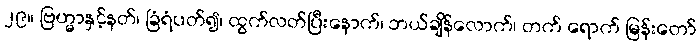
၂၉။ ဗြဟ္မာနှင့်နတ်၊ ခြံရံပတ်၍၊ ထွက်လတ်ပြီးနောက်၊ ဘယ်ချိန်လောက်၊ တက် ရောက် မြန်းတော်